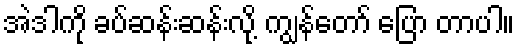
အဲဒါကို ခပ်ဆန်းဆန်းလို့ ကျွန်တော် ပြော တာပါ။